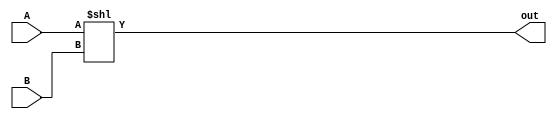
`timescale 1ns / 1ps
//////////////////////////////////////////////////////////////////////////////////
// Company: 
// Engineer: 
// 
// Design Name: 
// Module Name: alu_shifter
// Project Name: 
// Target Devices: 
// Tool Versions: 
// Description: 
// 
// Dependencies: 
// 
// Revision:
// Revision 0.01 - File Created
// Additional Comments:
// 
//////////////////////////////////////////////////////////////////////////////////


module alu_shifter(
    input[3:0] B,
    input[3:0] A,
    output[7:0] out
    );
    assign out = A<<B;
endmodule